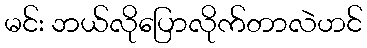
မင်း ဘယ်လိုပြောလိုက်တာလဲဟင်